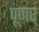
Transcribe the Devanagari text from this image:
पूणर्